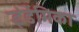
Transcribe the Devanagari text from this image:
इंडेंमिका